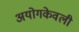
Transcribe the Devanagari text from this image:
अयोगकेवली